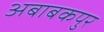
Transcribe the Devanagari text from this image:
अबाबकपुर